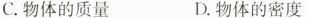
C.物体的质量 D.物体的密度